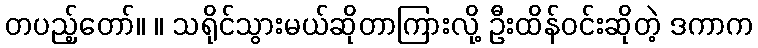
တပည့်တော်။ ။ သရိုင်သွားမယ်ဆိုတာကြားလို့ ဦးထိန်ဝင်းဆိုတဲ့ ဒကာက